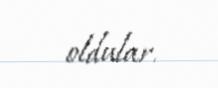
oldular.